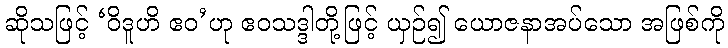
ဆိုသဖြင့် ‘ဝိဒူဟိ ဧဝ’ဟု ဧဝသဒ္ဒါတို့ဖြင့် ယှဉ်၍ ယောဇနာအပ်သော အဖြစ်ကို